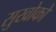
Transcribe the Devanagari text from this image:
सुखोको